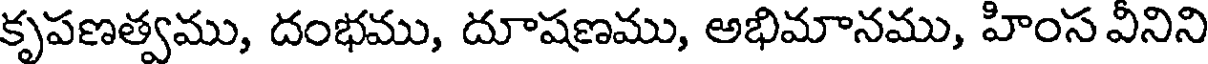
కృపణత్వము, దంభము, దూషణము, అభిమానము, హింస వీనిని